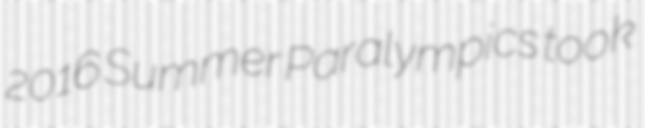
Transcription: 2016 Summer Paralympics took